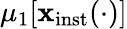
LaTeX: \mu_{1}\lbrack\mathbf{x}_{\mathrm{{inst}}}(\cdot)\rbrack